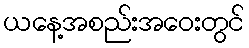
ယနေ့အစည်းအဝေးတွင်